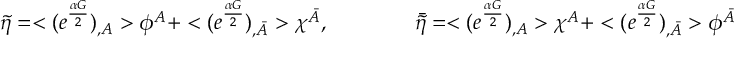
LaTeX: \tilde { \eta } = < ( e ^ { \frac { \alpha G } { 2 } } ) _ { , A } > \phi ^ { A } + < ( e ^ { \frac { \alpha G } { 2 } } ) _ { , \bar { A } } > \chi ^ { \bar { A } } , \qquad \qquad \bar { \tilde { \eta } } = < ( e ^ { \frac { \alpha G } { 2 } } ) _ { , A } > \chi ^ { A } + < ( e ^ { \frac { \alpha G } { 2 } } ) _ { , \bar { A } } > \phi ^ { \bar { A } } .